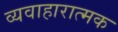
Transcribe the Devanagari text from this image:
व्यवाहारात्मक